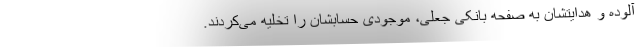
آلوده و هدایتشان به صفحه بانکی جعلی، موجودی حسابشان را تخلیه می‌کردند.